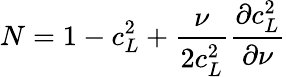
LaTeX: N=1-c_{L}^{2}+\frac\nu{2c_{L}^{2}}\frac{\partial c_{L}^{2}}{\partial\nu}